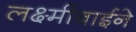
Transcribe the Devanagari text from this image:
लक्ष्मीबाईने